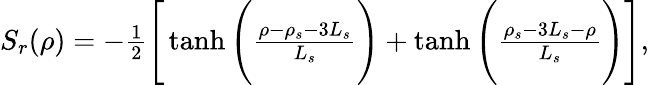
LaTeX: \begin{array}{r}{S_{r}(\rho)=-\frac{1}{2}\Bigg[\operatorname{tanh}\Bigg(\frac{\rho-\rho_{s}-3L_{s}}{L_{s}}\Bigg)+\operatorname{tanh}\Bigg(\frac{\rho_{s}-3L_{s}-\rho}{L_{s}}\Bigg)\Bigg],}\end{array}